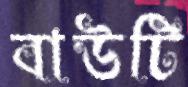
বাউটি